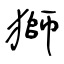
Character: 獅